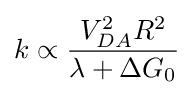
k\propto {\frac {V_{DA}^{2}R^{2}}{\lambda +\Delta G_{0}}}